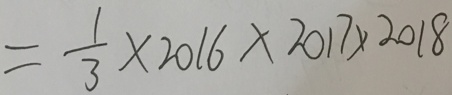
= \frac { 1 } { 3 } \times 2 0 1 6 \times 2 0 1 7 \times 2 0 1 8